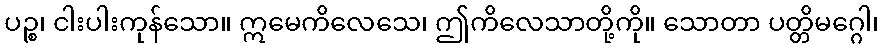
ပဉ္စ၊ ငါးပါးကုန်သော။ ဣမေကိလေသေ၊ ဤကိလေသာတို့ကို။ သောတာ ပတ္တိမဂ္ဂေါ၊